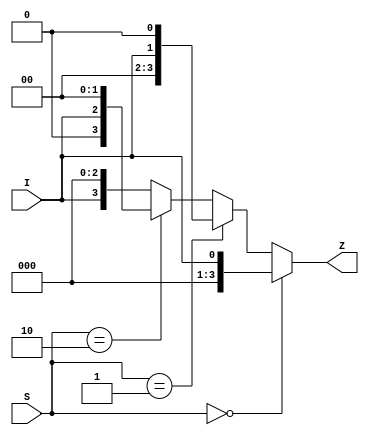
module demux(I, S, Z);
  input I;
  input [0:1] S;
  output [0:3] Z;
  reg Z;

  always @(I, S)
  begin
    Z = 4'b0000;
    if (S == 2'b00) Z = {3'b000, I};
    else if (S == 2'b01) Z = {2'b00, I, 1'b0};
    else if (S == 2'b10) Z = {1'b0, I, 2'b00};
    else Z = {I, 3'b000};
  end
endmodule